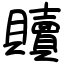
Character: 贖